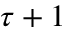
\tau + 1